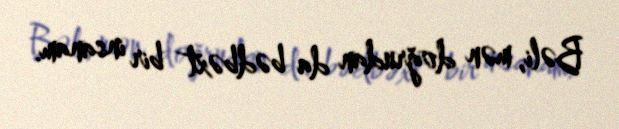
Bəli, mən doğrudan da bədbəxt bir insanam.